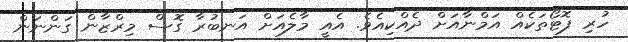
ހުރި ފޮޓޯތަކެއް އަމްނާއަށް ދެއްކިއެވެ. އެއީ މާލެއަށް އަނބުރާ ގޮސް މިރްޒާން ގަންނަން